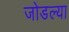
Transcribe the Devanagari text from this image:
जोडल्‍या